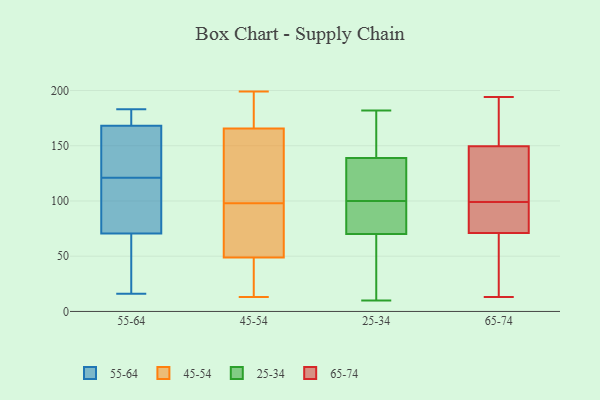
{"axis": {"x": "Churn Rate (%)", "y": "Value"}, "legend": ["25-34", "45-54", "55-64", "65-74"], "data": [{"x": "", "y": 16, "type": "55-64"}, {"x": "", "y": 172, "type": "55-64"}, {"x": "", "y": 113, "type": "55-64"}, {"x": "", "y": 66, "type": "55-64"}, {"x": "", "y": 149, "type": "55-64"}, {"x": "", "y": 177, "type": "55-64"}, {"x": "", "y": 127, "type": "55-64"}, {"x": "", "y": 95, "type": "55-64"}, {"x": "", "y": 170, "type": "55-64"}, {"x": "", "y": 59, "type": "55-64"}, {"x": "", "y": 50, "type": "55-64"}, {"x": "", "y": 35, "type": "55-64"}, {"x": "", "y": 129, "type": "55-64"}, {"x": "", "y": 75, "type": "55-64"}, {"x": "", "y": 183, "type": "55-64"}, {"x": "", "y": 113, "type": "55-64"}, {"x": "", "y": 146, "type": "55-64"}, {"x": "", "y": 182, "type": "55-64"}, {"x": "", "y": 166, "type": "55-64"}, {"x": "", "y": 115, "type": "55-64"}, {"x": "", "y": 137, "type": "45-54"}, {"x": "", "y": 13, "type": "45-54"}, {"x": "", "y": 40, "type": "45-54"}, {"x": "", "y": 75, "type": "45-54"}, {"x": "", "y": 51, "type": "45-54"}, {"x": "", "y": 97, "type": "45-54"}, {"x": "", "y": 98, "type": "45-54"}, {"x": "", "y": 158, "type": "45-54"}, {"x": "", "y": 167, "type": "45-54"}, {"x": "", "y": 199, "type": "45-54"}, {"x": "", "y": 58, "type": "45-54"}, {"x": "", "y": 112, "type": "45-54"}, {"x": "", "y": 42, "type": "45-54"}, {"x": "", "y": 165, "type": "45-54"}, {"x": "", "y": 181, "type": "45-54"}, {"x": "", "y": 197, "type": "45-54"}, {"x": "", "y": 41, "type": "45-54"}, {"x": "", "y": 82, "type": "25-34"}, {"x": "", "y": 10, "type": "25-34"}, {"x": "", "y": 70, "type": "25-34"}, {"x": "", "y": 164, "type": "25-34"}, {"x": "", "y": 102, "type": "25-34"}, {"x": "", "y": 141, "type": "25-34"}, {"x": "", "y": 131, "type": "25-34"}, {"x": "", "y": 76, "type": "25-34"}, {"x": "", "y": 18, "type": "25-34"}, {"x": "", "y": 139, "type": "25-34"}, {"x": "", "y": 123, "type": "25-34"}, {"x": "", "y": 126, "type": "25-34"}, {"x": "", "y": 75, "type": "25-34"}, {"x": "", "y": 163, "type": "25-34"}, {"x": "", "y": 182, "type": "25-34"}, {"x": "", "y": 43, "type": "25-34"}, {"x": "", "y": 42, "type": "25-34"}, {"x": "", "y": 98, "type": "25-34"}, {"x": "", "y": 168, "type": "65-74"}, {"x": "", "y": 65, "type": "65-74"}, {"x": "", "y": 148, "type": "65-74"}, {"x": "", "y": 81, "type": "65-74"}, {"x": "", "y": 33, "type": "65-74"}, {"x": "", "y": 155, "type": "65-74"}, {"x": "", "y": 94, "type": "65-74"}, {"x": "", "y": 123, "type": "65-74"}, {"x": "", "y": 146, "type": "65-74"}, {"x": "", "y": 140, "type": "65-74"}, {"x": "", "y": 37, "type": "65-74"}, {"x": "", "y": 84, "type": "65-74"}, {"x": "", "y": 151, "type": "65-74"}, {"x": "", "y": 13, "type": "65-74"}, {"x": "", "y": 47, "type": "65-74"}, {"x": "", "y": 157, "type": "65-74"}, {"x": "", "y": 77, "type": "65-74"}, {"x": "", "y": 82, "type": "65-74"}, {"x": "", "y": 104, "type": "65-74"}, {"x": "", "y": 194, "type": "65-74"}]}